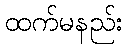
ထက်မနည်း